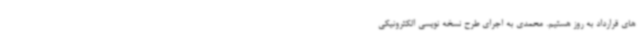
های قرارداد به روز هستیم. محمدی به اجرای طرح نسخه نویسی الکترونیکی